Annual administration and progress report of the Indian Medical Department, Bombay
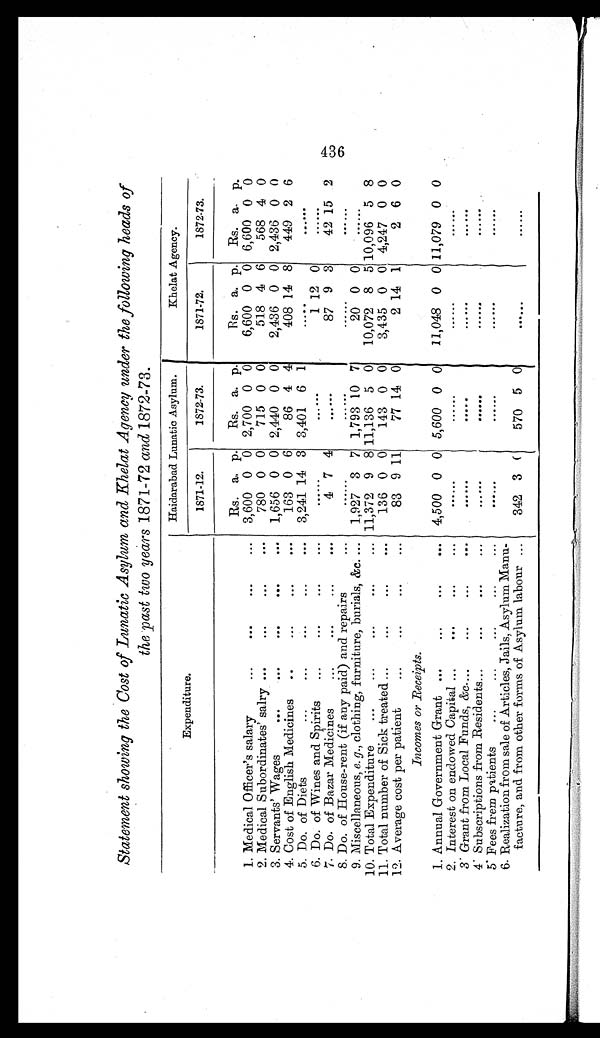
Statement showing the Cost of Lunatic Asylum and Khelat Agency under the following heads of
the past two years 1871-72 and 1872-73.
Haidarabad Lunatic Asylum.
Khelat Agency.
Expenditure.
1871-72.
1872-73.
1871-72.
1872-73.
Rs. a. p.
Rs. a. p.
Rs. a. p.
Rs. a. p.
1. Medical Officer's salary . . .
3,600 0 0 2,700 0 0
6,600 0 0 6,600 0 0
2. Medical Subordinates' salry . . .
780 0 0
715 0 0
518 4 6
568 4 0
3. Servants' Wages . . .
1,656 0 0 2,440 0 0
2,436 0 0 2,436 0 0
4. Cost of English Medicines . . .
163 0 6
86 4 4
408 14 8
449 2 6
5. Do. of Diets . . .
3,241 14 3 3,401 6 1
. . .
. . .
6. Do. of Wines and Spirits . . .
. . .
. . .
1 12 0
. . .
7 . D o . o f B a z a r M e d i c i n e s . . .
4 7 4
. . .
87 9 3
42 15 2
8. Do. of House-rent (if any paid) and repairs . . .
. . .
. . .
. . .
. . .
9. Miscellaneous, e. g., clothing, furniture, burials, &c. . . .
1,927 3 7 1,793 10 7
20 0 0
. . .
10. Total Expenditure . . . 11,372 9 8 11,136 5 0
10,072 8 5 10,096 5 8
11. Total number of Sick treated . . .
136 0 0
143 0 0
3,435 0 0 4,247 0 0
12 . Average cost per patient . . .
83 9 11
77 14 0
2 14 1
2 6 0
Incomes or Receipts.
1. Annual Government Grant . . .
4,500
0
0 5,600 0 0
11,048 0 0 11,079 0 0
2. Interest on endowed Capital . . .
. . .
. . .
. . .
. . .
3. Grant from Local Funds, &c . . .
. . .
. . .
. . .
. . .
4. Subscriptions from Residents . . .
. . .
. . .
. . .
. . .
5. Fees frem patients . . .
. . .
. . .
. . .
. . .
6. Realization from sale of Articles, Jails, Asylum Manu -
facture, and from other forms of Asylum labour . . .
342 3
0
570 5 0
. . .
. . .
436